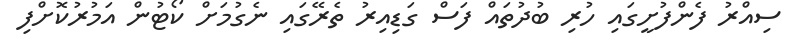
ސިއްރު ފެންފުށީގައި ހުރި ބުދުތައް ފަސް ގަޑިއިރު ތެރޭގައި ނެގުމަށް ކޯޓުން އަމުރުކޮށްފި